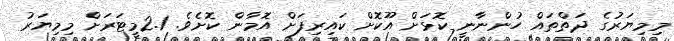
މިމިޔަރުގެ ދަތްތައް ހުންނާނީ ކޮޅަށް އޫކޮށް ކައިރިފަށް އޮމާން ކޮށެވެ. 2.1މީޓަރަށް މިމިޔަރު